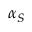
\alpha _ { S }